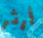
أرثر